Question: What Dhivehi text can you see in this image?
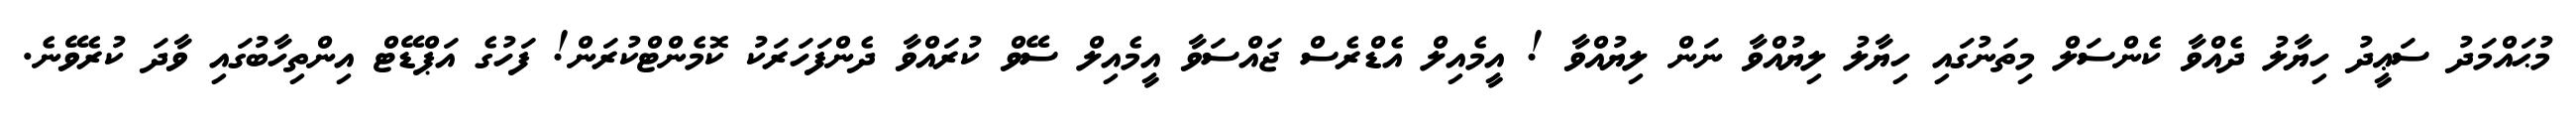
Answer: މުޙައްމަދު ސަޢީދު ހިޔާލު ދެއްވާ ކެންސަލް މިތަނުގައި ހިޔާލު ލިޔުއްވާ ނަން ލިޔުއްވާ ! އީމެއިލް އެޑްރެސް ޖައްސަވާ އީމެއިލް ސޭވް ކުރައްވާ ދެންފަހަރަކު ކޮމެންޓްކުރަން! ފަހުގެ އަޕްޑޭޓް އިންތިހާބުގައި ވާދަ ކުރެވޭނެ.